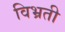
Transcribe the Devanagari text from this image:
विभ्रती